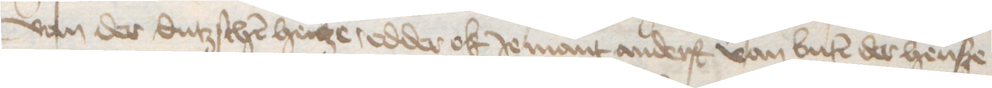
van der dutzschen henze, edder ok Jemant anderst van buten der hense